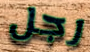
رجل